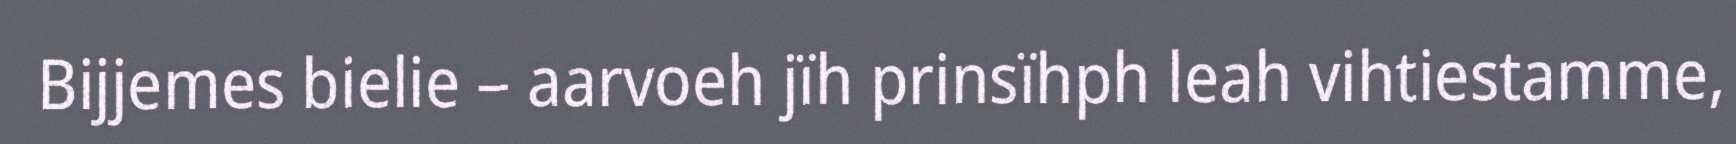
Bijjemes bielie – aarvoeh jïh prinsïhph leah vihtiestamme,